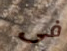
فى